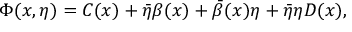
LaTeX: \Phi ( x , \eta ) = C ( x ) + \bar { \eta } \beta ( x ) + \bar { \beta } ( x ) \eta + \bar { \eta } \eta D ( x ) ,